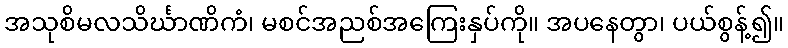
အသုစိမလသိင်္ဃာဏိကံ၊ မစင်အညစ်အကြေးနှပ်ကို။ အပနေတွာ၊ ပယ်စွန့်၍။